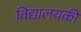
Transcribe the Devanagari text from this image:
विद्यालयकी